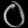
Digit: ၀